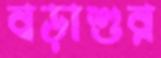
বড়াশুর